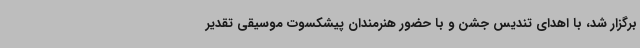
برگزار شد، با اهدای تندیس جشن و با حضور هنرمندان پیشکسوت موسیقی تقدیر